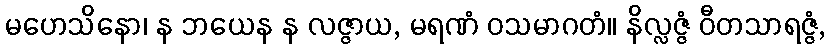
မဟေသိနော၊ န ဘယေန န လဇ္ဇာယ, မရဏံ ဝသမာဂတံ။ နိလ္လဇ္ဇံ ဝီတသာရဇ္ဇံ,